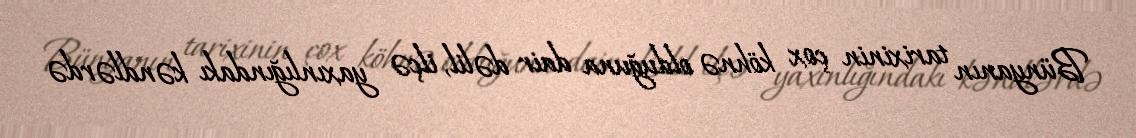
Bünyanın tarixinin çox köhnə olduğuna dair dəlil, ilçə yaxınlığındakı kəndlərdə